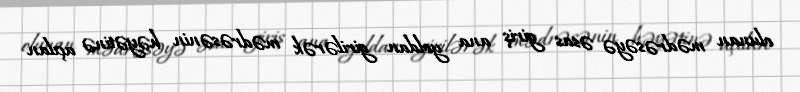
olunan mədrəsəyə əsas giriş ana yoldan girilərək mədrəsənin həyətinə açılan